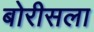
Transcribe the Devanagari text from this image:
बोरीसला